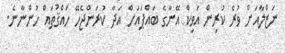
ނަޒްލާއަށް ވުރެ ކުރިން އަވިކް އޭނާގެ ބައްޕައަށް އަދާ ކުރަންޖެހޭ ހައްޤުތައް ހުންނާނެ.